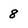
Character: 8